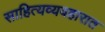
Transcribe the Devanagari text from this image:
साहित्यव्यवहारात